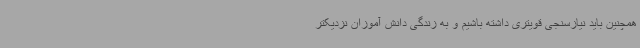
همچنین باید نیازسنجی قویتری داشته باشیم و به زندگی دانش آموزان نزدیکتر